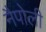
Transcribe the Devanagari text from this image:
नैपोली